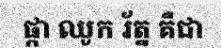
ផ្កា ឈូក រ័ត្ន គឺជា